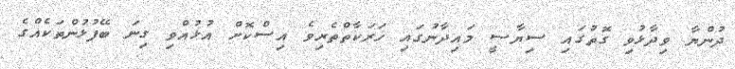
ދުންޔާ ވިދާޅުވި ގޮތުގައި ސިޔާސީ މައިދާނުގައި ހަރަކާތްތެރިވެ އިސްކޮށް އުޅުއްވި ގިނަ ބޭފުޅުންތަކެއްގެ